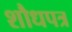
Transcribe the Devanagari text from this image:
शौधपत्र